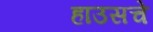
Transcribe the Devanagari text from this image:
हाउसचे